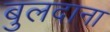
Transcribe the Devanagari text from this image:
बुलदाना